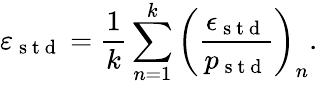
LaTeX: \varepsilon_{\mathrm{~s~t~d~}}=\frac{1}{k}\sum_{n=1}^{k}\left(\frac{\epsilon_{\mathrm{~s~t~d~}}}{p_{\mathrm{~s~t~d~}}}\right)_{n}.